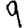
Digit: 9